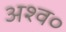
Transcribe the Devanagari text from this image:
अश्व०